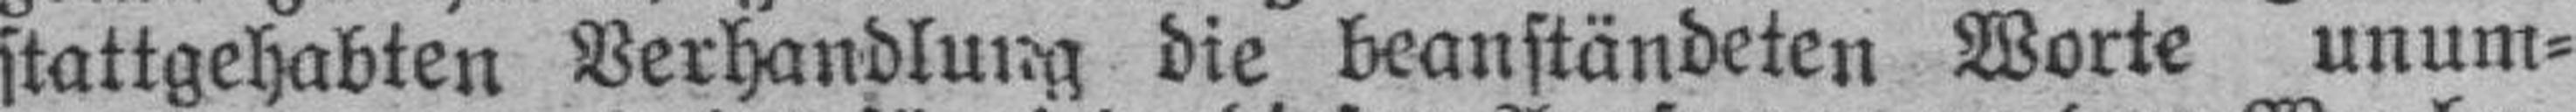
stattgehabten Verhandlung die beanständeten Worte unum¬